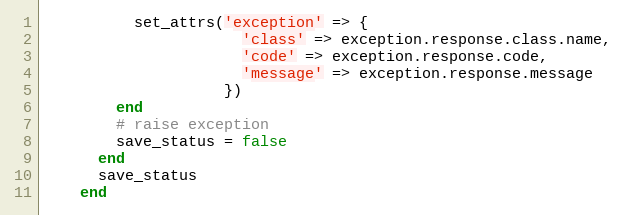
Language: Ruby
          set_attrs('exception' => {
                      'class' => exception.response.class.name,
                      'code' => exception.response.code,
                      'message' => exception.response.message
                    })
        end
        # raise exception
        save_status = false
      end
      save_status
    end